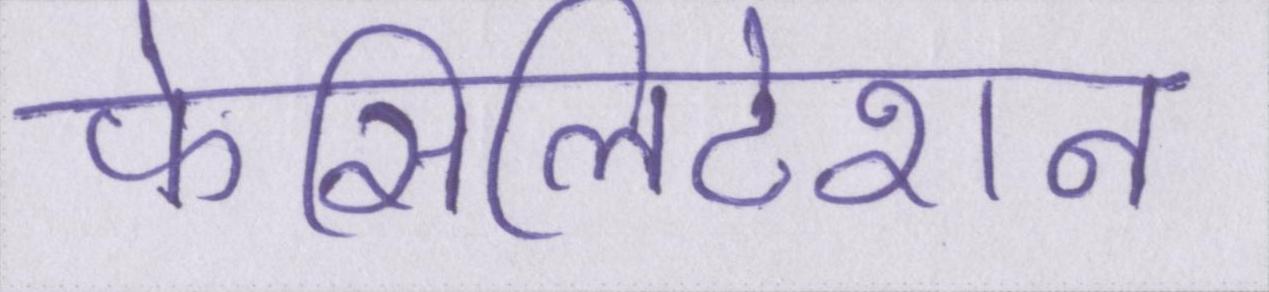
फेसिलिटेशन